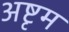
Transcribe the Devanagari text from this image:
अष्टृम